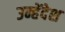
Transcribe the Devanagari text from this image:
उन्हेंदेश